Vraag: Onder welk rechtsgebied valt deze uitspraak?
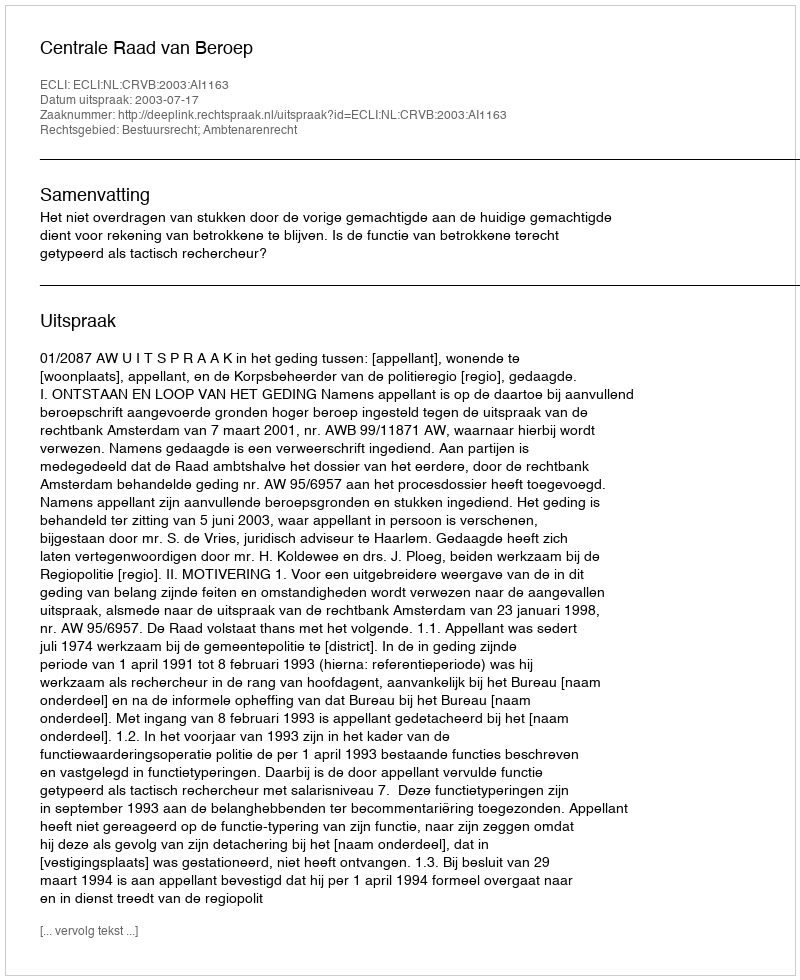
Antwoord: Bestuursrecht; Ambtenarenrecht